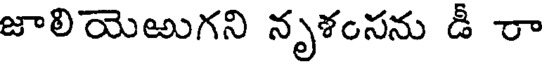
జాలియెఱుగని నృశంసను డీ రా